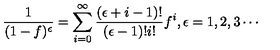
\frac { 1 } { ( 1 - f ) ^ { \epsilon } } = \sum _ { i = 0 } ^ { \infty } \frac { ( \epsilon + i - 1 ) ! } { ( \epsilon - 1 ) ! i ! } f ^ { i } , \epsilon = 1 , 2 , 3 \cdots